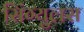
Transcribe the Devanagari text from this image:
सिंग्युलस